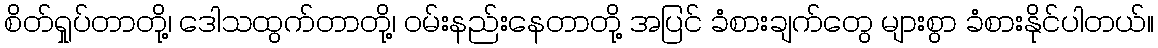
စိတ်ရှုပ်တာတို့၊ ဒေါသထွက်တာတို့၊ ဝမ်းနည်းနေတာတို့ အပြင် ခံစားချက်တွေ များစွာ ခံစားနိုင်ပါတယ်။